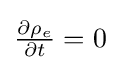
{\textstyle {\frac {\partial \rho _{e}}{\partial t}}=0}